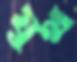
যুথ